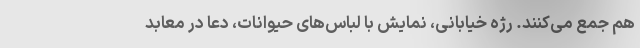
هم جمع می‌کنند. رژه خیابانی، نمایش با لباس‌های حیوانات، دعا در معابد